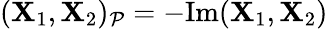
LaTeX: (\mathbf{X}_{1},\mathbf{X}_{2})_{\mathcal{{P}}}=-\mathrm{{Im}}(\mathbf{X}_{1},\mathbf{X}_{2})